Vaccine operations Central Provinces 1886-1899 - 1886-1899
Year: 1886
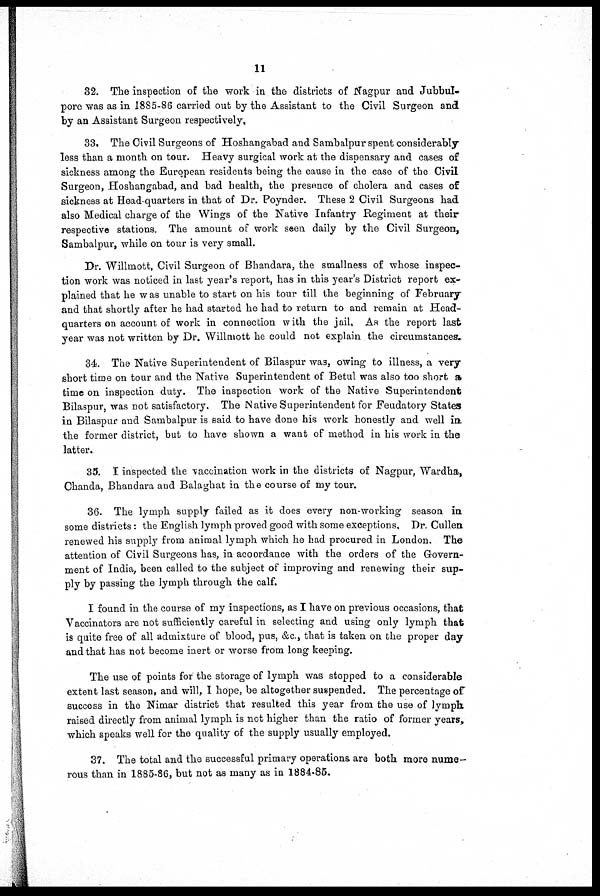
11
32. The inspection of the work in the districts of Nagpur and Jubbul-
pore was as in 1885-86 carried out by the Assistant to the Civil Surgeon and
by an Assistant Surgeon respectively,
33. The Civil Surgeons of Hoshangabad and Sambalpur spent considerably
less than a month on tour. Heavy surgical work at the dispensary and cases of
sickness among the European residents being the cause in the case of the Civil
Surgeon, Hoshangabad, and bad health, the presence of cholera and cases of
sickness at Head-quarters in that of Dr. Poynder. These 2 Civil Surgeons had
also Medical charge of the Wings of the Native Infantry Regiment at their
respective stations. The amount of work seen daily by the Civil Surgeon,
Sambalpur, while on tour is very small.
Dr. Willmott. Civil Surgeon of Bhandara, the smallness of whose inspec-
tion work was noticed in last year's report, has in this year's District report ex-
plained that he was unable to start on his tour till the beginning of February
and that shortly after he had started he had to return to and remain at Head-
quarters on account of work in connection with the jail. As the report last
year was not written by Dr. Willmott he could not explain the circumstances.
34. The Native Superintendent of Bilaspur was, owing to illness, a very
short time on tour and the Native Superintendent of Betul was also too short a
time on inspection duty. The inspection work of the Native Superintendent
Bilaspur, was not satisfactory. The Native Superintendent for Feudatory States
in Bilaspur and Sambalpur is said to have done his work honestly and well in.
the former district, but to have shown a want of method in his work in the
latter.
35. I inspected the vaccination work in the districts of Nagpur, Wardha,
Chanda, Bhandara and Balaghat in the course of my tour.
36. The lymph supply failed as it does every non-working season in
some districts: the English lymph proved good with some exceptions. Dr. Cullen
renewed his supply from animal lymph which he had procured in London. The
attention of Civil Surgeons has, in acoordance with the orders of the Govern-
ment of India, been called to the subject of improving and renewing their sup-
ply by passing the lymph through the calf.
I found in the course of my inspections, as I have on previous occasions, that
Vaccinators are not sufficiently careful in selecting and using only lymph that
is quite free of all admixture of blood, pus, &c., that is taken on the proper day
and that has not become inert or worse from long keeping.
The use of points for the storage of lymph was stopped to a considerable
extent last season, and will, I hope, be altogether suspended. The percentage of
success in the Nimar district that resulted this year from the use of lymph
raised directly from animal lymph is not higher than the ratio of former years,
which speaks well for the quality of the supply usually employed.
37. The total and the successful primary operations are both more nume-
rous than in 1885-86, but not as many as in 1884-85.